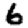
Digit: 6